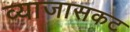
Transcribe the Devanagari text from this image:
व्याजासकट